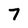
Character: 7